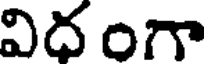
విద గా